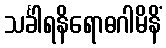
သင်္ခါရနိရောဓဂါမိနိံ